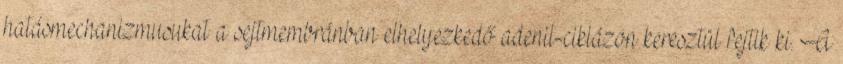
hatásmechanizmusukat a sejtmembránban elhelyezkedő adenil-ciklázon keresztül fejtik ki. A